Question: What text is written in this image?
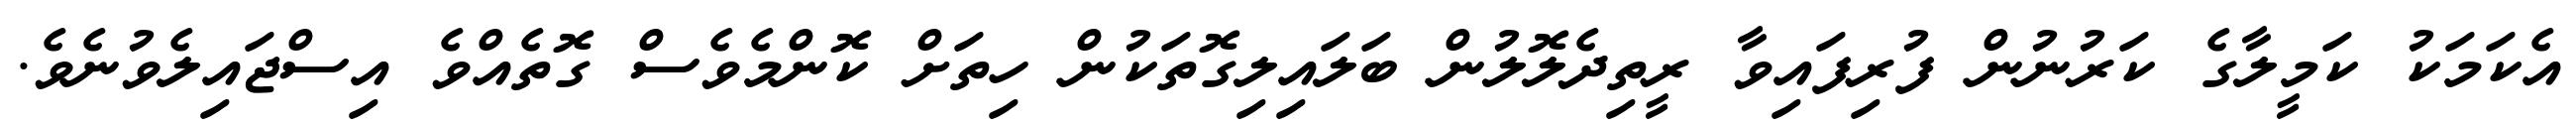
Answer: އެކަމަކު ކަމީލާގެ ކަރުނުން ފުރިފައިވާ ރީތިދެލޮލުން ބަލައިލިގޮތަކުން ހިތަށް ކޮންމެވެސް ގޮތެއްވެ އިސްޖައިލެވުނެވެ.